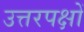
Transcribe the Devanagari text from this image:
उत्तरपक्षों